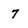
Character: 7